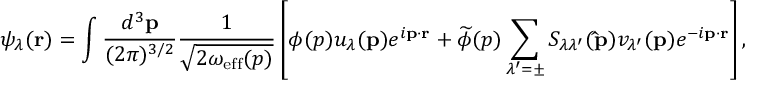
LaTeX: \psi _ { \lambda } ( { \bf r } ) = \int { \frac { d ^ { 3 } { \bf p } } { ( 2 \pi ) ^ { 3 / 2 } } } { \frac { 1 } { \sqrt { 2 \omega _ { \mathrm { e f f } } ( p ) } } } \left[ \phi ( p ) u _ { \lambda } ( { \bf p } ) e ^ { i { \bf p } \cdot { \bf r } } + \widetilde \phi ( p ) \sum _ { \lambda ^ { \prime } = \pm } S _ { \lambda \lambda ^ { \prime } } ( { \bf \hat { p } } ) v _ { \lambda ^ { \prime } } ( { \bf p } ) e ^ { - i { \bf p } \cdot { \bf r } } \right] ,